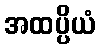
အထပ္ပိယံ